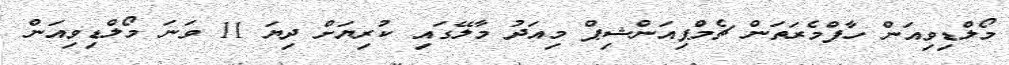
މޯލްޑިވިއަން ހާފްމެރަތަން ޗެމްޕިއަންޝިޕް މިއަދު މާލޭގައި ކުރިޔަށް ދިޔަ 11 ވަނަ މޯލްޑިވިއަން